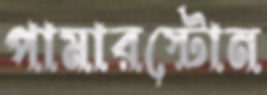
পামারস্টোন